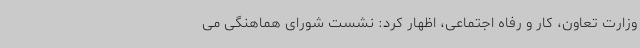
وزارت تعاون، کار و رفاه اجتماعی، اظهار کرد: نشست شورای هماهنگی می